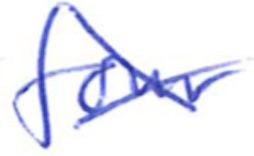
Text: four
Cross-out: cross
Writing tool: ballpoint